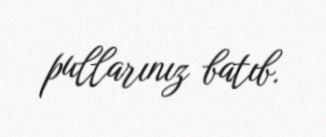
pullarınız batıb.